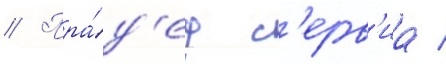
// Пра́д'ед с'ерв'иа /